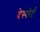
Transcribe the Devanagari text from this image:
देस्पोर्ट